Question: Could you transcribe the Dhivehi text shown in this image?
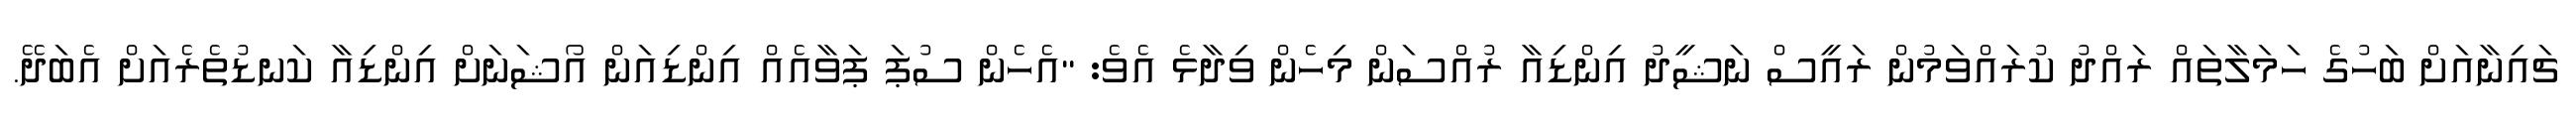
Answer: ޗައިނާއަށް ބަހުގެ ހަމަލާތައް ރައްދު ކުރައްވަމުން ރައީސް ނަޝީދު އިންޑިއާ ރުއްސަން މިހެން ވިދާޅެ އެވެ: "އެހެން ސުޕަ ޕަވާއެއް އިންޑިއަން އޯޝަނަށް އިންޑިއާ ކަނޑުތެރެއަށް އެބަދޭ.